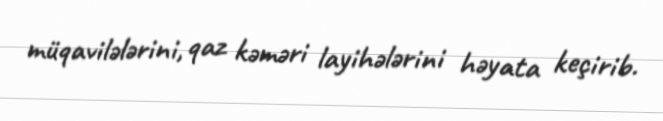
müqavilələrini, qaz kəməri layihələrini həyata keçirib.